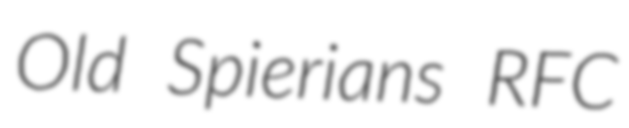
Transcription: Old Spierians RFC